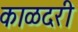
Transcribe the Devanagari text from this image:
काळदरी